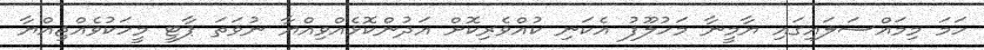
ހަމަ މިމައްސަލައިގައި ޔާމީނާ މަހުލޫފު އެކަނި ކުއްވެރިކޮށް އަދުންކޮޅެއްވިއްޔާ ނުވަތަ ޕާޓީ މީހަކުވެއްޖިއްޔާ